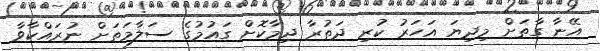
އޭނާ ގާތަށް މިދިޔަ އަހަރު ކުރި ދަތުރާ ދިމާކޮށް ގައުމުގެ ސަލާމަތަށް ނުރައްކާވާ